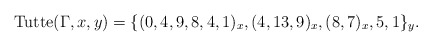
\begin{gather*}{\rm Tutte}(\Gamma,x,y)= \{(0,4,9,8,4,1)_{x}, (4,13,9)_{x}, (8,7)_{x}, 5, 1 \}_{y}.\end{gather*}